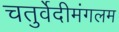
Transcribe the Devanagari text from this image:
चतुर्वेदीमंगलम